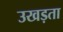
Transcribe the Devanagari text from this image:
उखड़ता